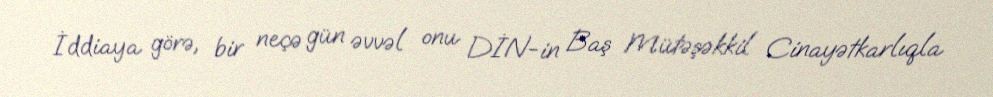
İddiaya görə, bir neçə gün əvvəl onu DİN-in Baş Mütəşəkkil Cinayətkarlıqla